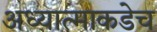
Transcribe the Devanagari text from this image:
अध्यात्माकडेच